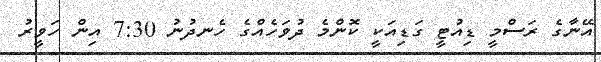
އޭނާގެ ރަސްމީ ޑިއުޓީ ގަޑިއަކީ ކޮންމެ ދުވަހެއްގެ ހެނދުނު 7:30 އިން ހަވީރު